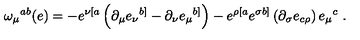
\omega _ { \mu } { } ^ { a b } ( e ) = - e ^ { \nu [ a } \left( \partial _ { \mu } e _ { \nu } { } ^ { b ] } - \partial _ { \nu } e _ { \mu } { } ^ { b ] } \right) - e ^ { \rho [ a } e ^ { \sigma b ] } \left( \partial _ { \sigma } e _ { c \rho } \right) e _ { \mu } { } ^ { c } \ .